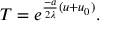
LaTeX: T = e ^ { \frac { - a } { 2 \lambda } ( u + u _ { 0 } ) } .